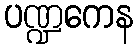
ပဏ္ဍကေန